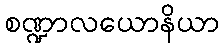
စဏ္ဍာလယောနိယာ